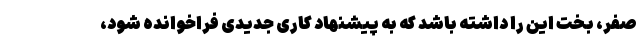
صفر، بخت این را داشته باشد که به پیشنهاد کاری جدیدی فراخوانده شود،